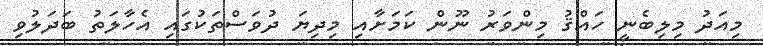
މިއަދު މިލިބެނީ ހައްޤު މިންވަރު ނޫން ކަމަށާއި މިދިޔަ ދުވަސްތަކުގައި އެހާލަތު ބަދަލުވި